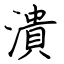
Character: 潰